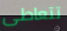
تتعاطى